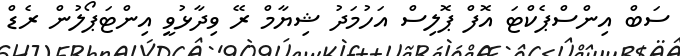
ސަބް އިންސްޕެކްޓަ އޮފް ޕޮލިސް އަހުމަދު ޝިޔާމް ރޭ ވިދާޅުވީ އިންޓަޕޯލުން ރެޑް